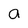
Character: a